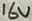
Text: 16V